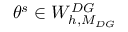
\theta ^ { s } \in W _ { h , M _ { D G } } ^ { D G }